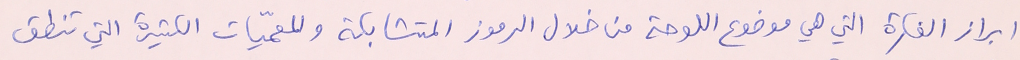
ابراز الفكرة التي هي موضوع اللوحة من خلال الرموز المتشابكة والمعميّات الكثيرة التي تنطق